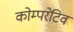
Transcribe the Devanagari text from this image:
कोम्परेटिव